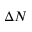
\Delta N